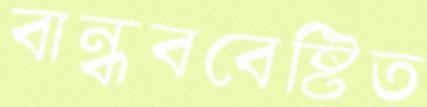
বান্ধববেষ্টিত